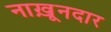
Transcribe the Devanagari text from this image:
नाख़ूनदार